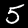
Label: 5